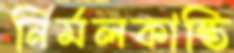
নির্মলকান্তি